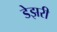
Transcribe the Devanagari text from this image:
डेझरी